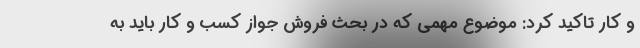
و کار تاکید کرد: موضوع مهمی که در بحث فروش جواز کسب و کار باید به